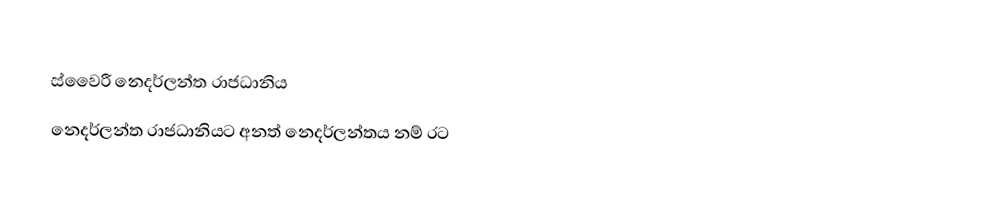
ස්වෛරී නෙදර්ලන්ත රාජධානිය
 නෙදර්ලන්ත රාජධානියට අනත් නෙදර්ලන්තය‍ නම් රට